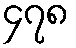
၄၇၈